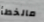
مالخطأ